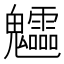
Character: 𩵁